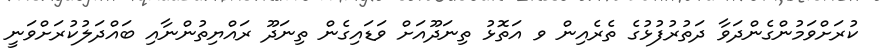
ކުރަށްވަމުންގެންދަވާ ދަތުރުފުޅުގެ ތެރެއިން ވ އަތޮޅު ތިނަދޫއަށް ވަޑައިގެން ތިނަދޫ ރައްޔިތުންނާއި ބައްދަލުކުރަށްވަނީ